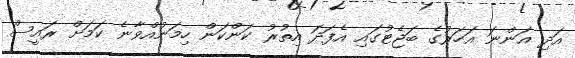
އަދި އަންނަ އަހަރުގެ ބަޖެޓުގައި އެފަދަ އިތުރު ކަންކަން ހިމަނުއްވާނެ ކަމަށް ރައީސް